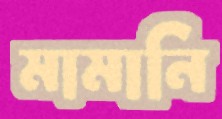
মামানি